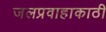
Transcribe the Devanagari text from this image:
जलप्रवाहाकाठी